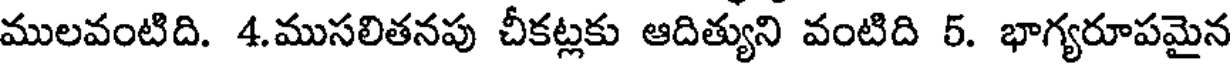
ములవంటిది. 4.ముసలితనపు చీకట్లకు ఆదిత్యుని వంటిది 5. భాగ్యరూపమైన